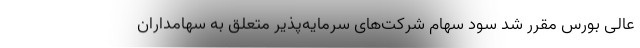
عالی بورس مقرر شد سود سهام شرکت‌های سرمایه‌پذیر متعلق به سهامداران